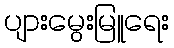
ပျားမွေးမြူရေး